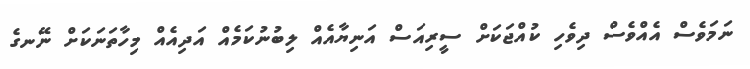
ނަމަވެސް އެއްވެސް ދިވެހި ކުއްޖަކަށް ސީރިއަސް އަނިޔާއެއް ލިބުނުކަމެއް އަދިއެއް މިހާތަނަކަށް ނޭނގެ